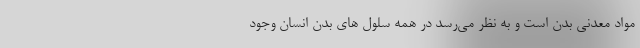
مواد معدنی بدن است و به نظر می‌رسد در همه سلول های بدن انسان وجود